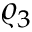
\varrho _ { 3 }